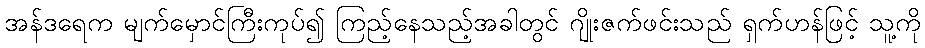
အန်ဒရေက မျက်မှောင်ကြီးကုပ်၍ ကြည့်နေသည့်အခါတွင် ဂျိုးဇက်ဖင်းသည် ရှက်ဟန်ဖြင့် သူ့ကို